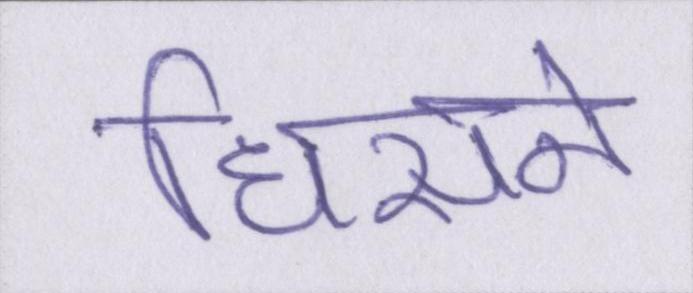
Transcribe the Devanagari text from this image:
धिसने